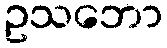
ဥသဘော